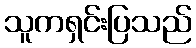
သူကရှင်းပြသည်